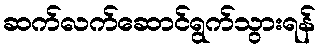
ဆက်လက်ဆောင်ရွက်သွားရန်